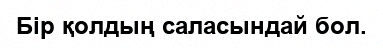
Бір қолдың саласындай бол.